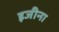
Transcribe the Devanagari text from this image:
इजीना